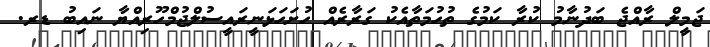
ޖަމީލް ރާއްޖެ ބަދުނާމު ކުރާ ކަމުގެ ތުހުމަތާއެކު ގަރާރެެއް ހުށަހަޅަނީރައީސުލްޖުމްހޫރިއްޔާ ނައިބު ޑރ.